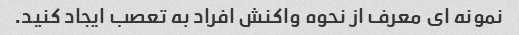
نمونه ای معرف از نحوه واکنش افراد به تعصب ایجاد کنید.